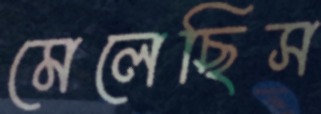
মেলেছিস